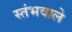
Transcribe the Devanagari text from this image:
स्तंभवाले